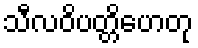
သီလဝိပတ္တိဟေတု